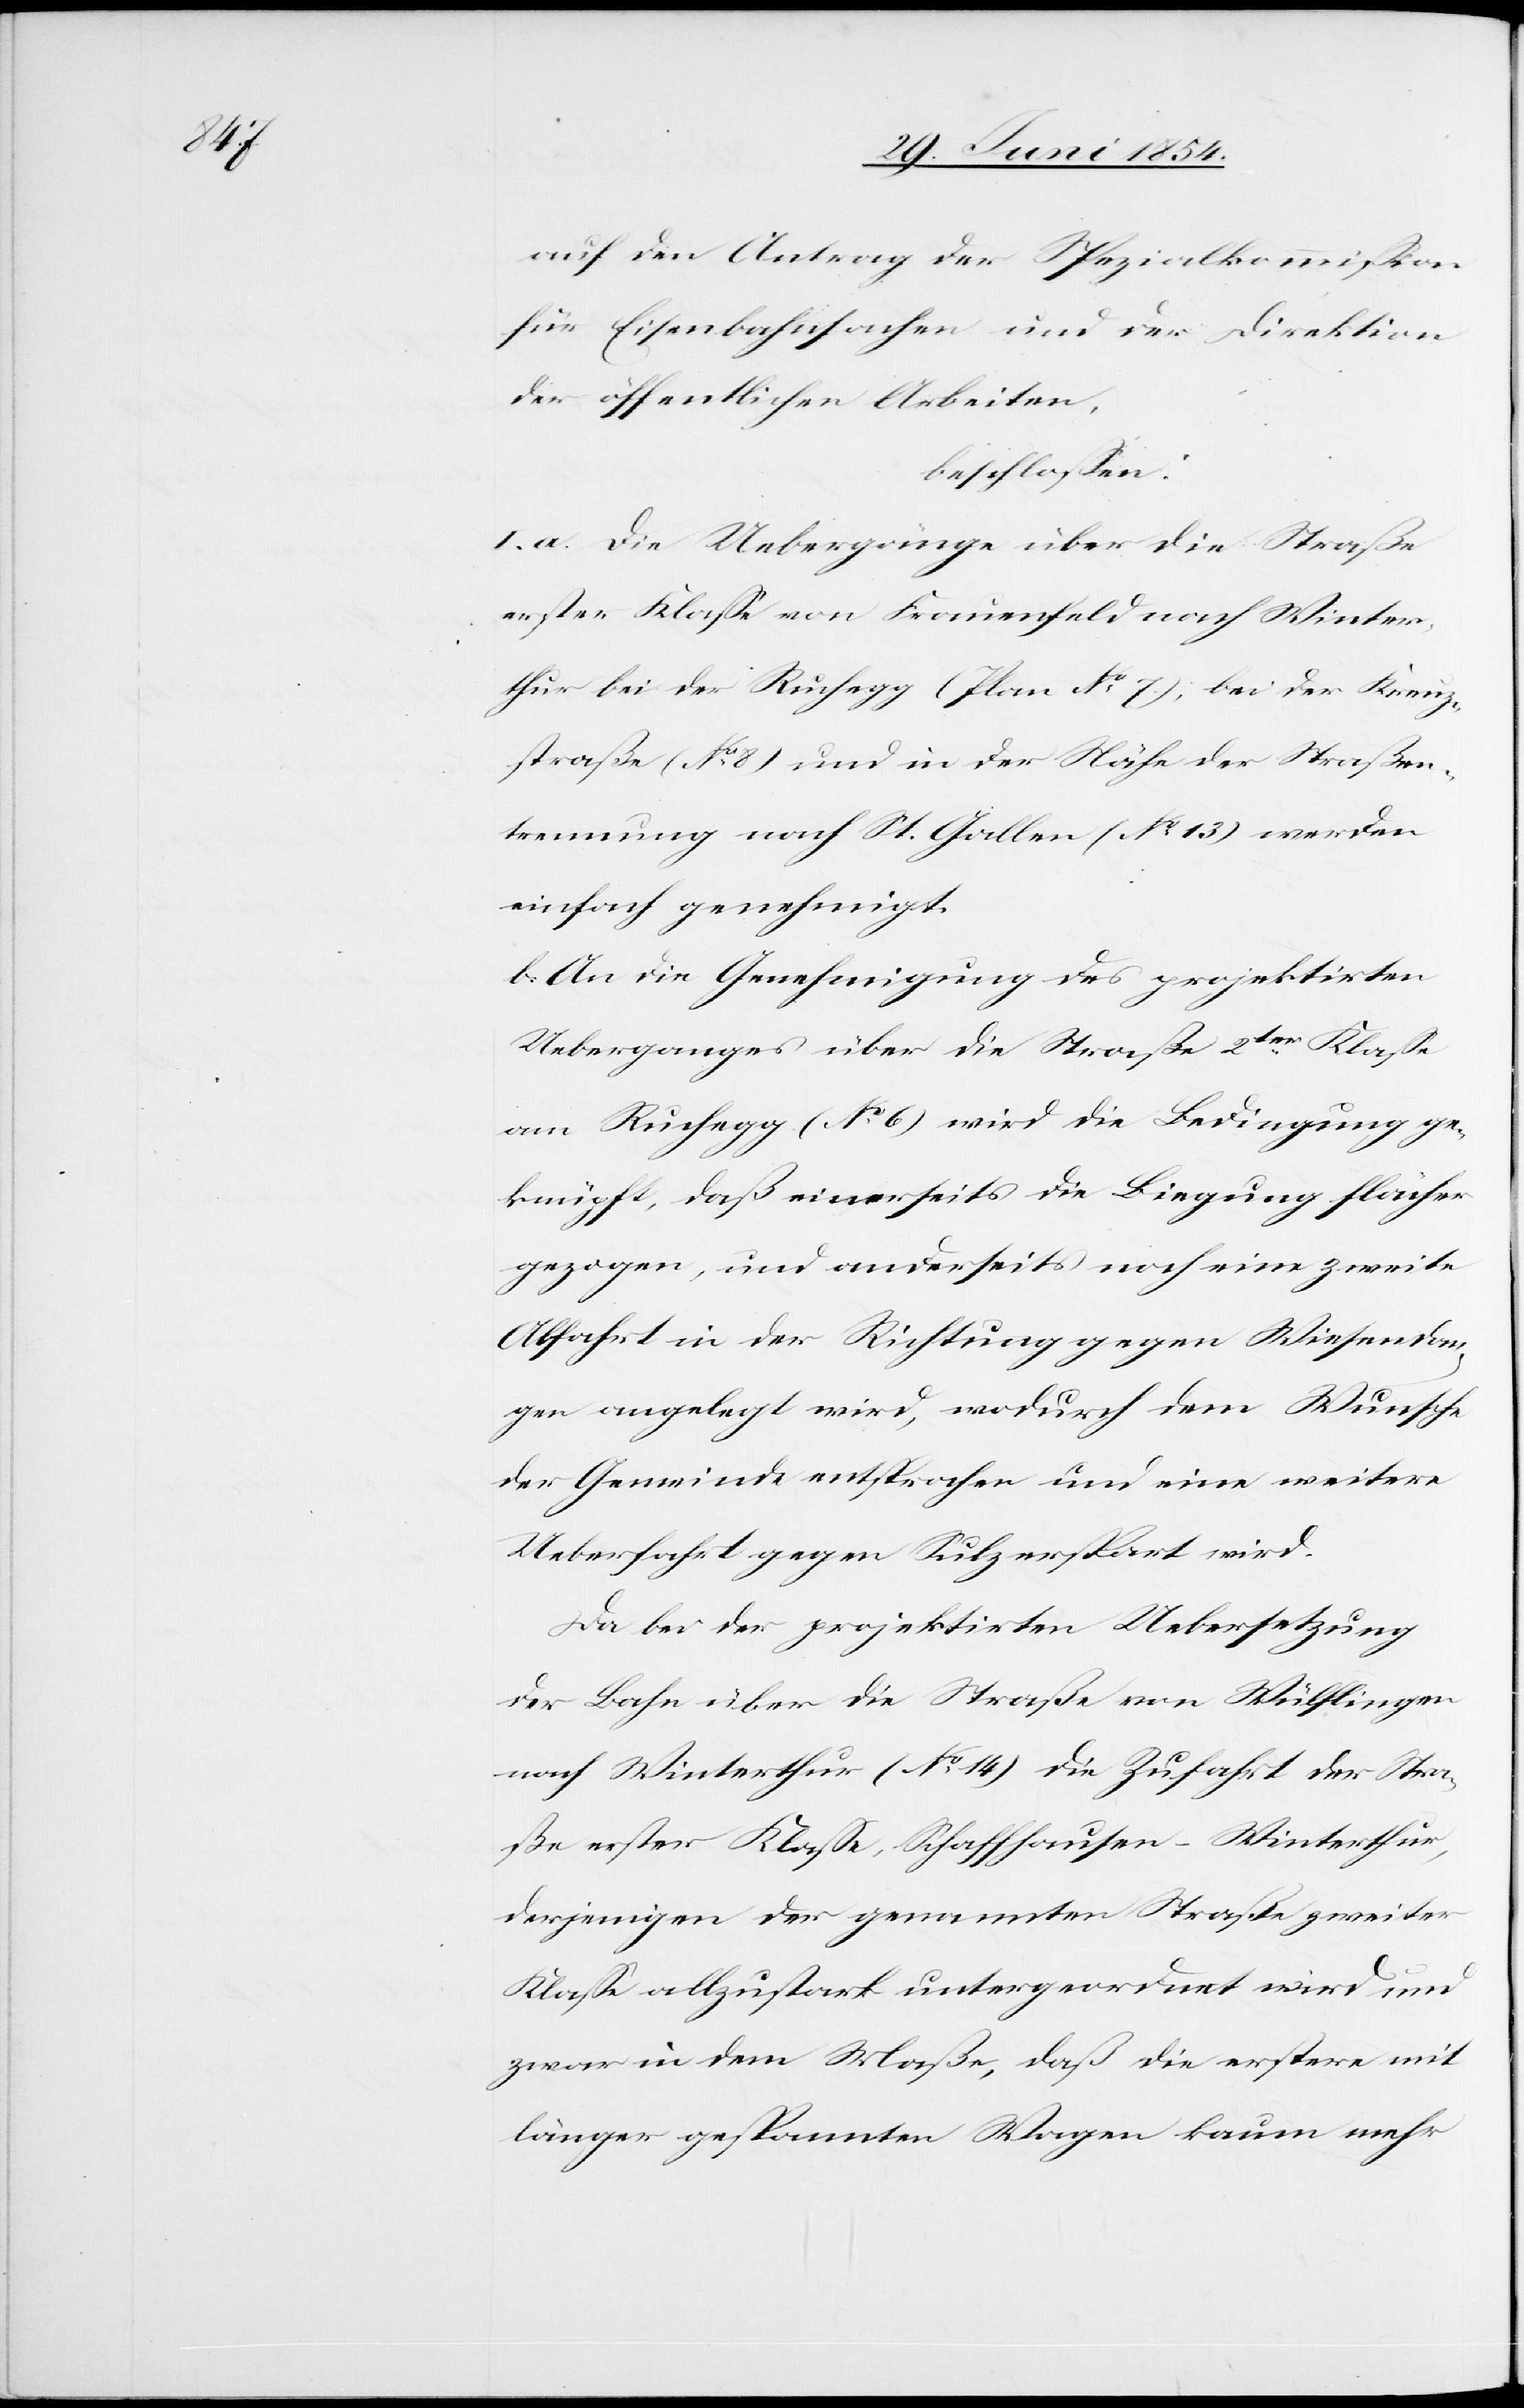
auf den Antrag der Spezialkommißion
für Eisenbahnsachen und der Direktion
der öffentlichen Arbeiten,
beschloßen:
I. a. Die Uebergänge über die Straße
erster Klaße von Frauenfeld nach Winter¬
thur bei der Ruchegg (Plan No 7); bei der Kreuz¬
straße (No 8) und in der Nähe der Straßen¬
trennung nach St. Gallen (No 13) werden
einfach genehmigt.
b. An die Genehmigung des projektirten
Ueberganges über die Straße 2ter Klaße
am Ruchegg (No 6) wird die Bedingung ge¬
knüpft, daß einerseits die Biegung flächer
gezogen, und anderseits noch eine zweite
Abfahrt in der Richtung gegen Wiesendan¬
gen angelegt wird, wodurch dem Wunsche
der Gemeinde entsprochen und eine weiter
Ueberfahrt gegen Sulz erspart wird.
Da bei der projektirten Uebersetzung
der Bahn über die Straße von Wülflingen
nach Winterthur (No 14) die Zufahrt der Stra¬
ße erster Klaße, Schaffhausen-Winterthur,
derjenigen der genannten Straße zweiter
Klaße allzustark untergeordnet wird und
zwar in dem Maße, daß die erstere mit
länger gespannten Wagen kaum mehr